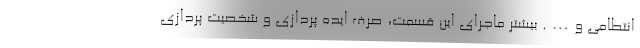
انتطامی و…. بیشتر ماجرای این قسمت، صرف ایده پردازی و شخصیت پردازی